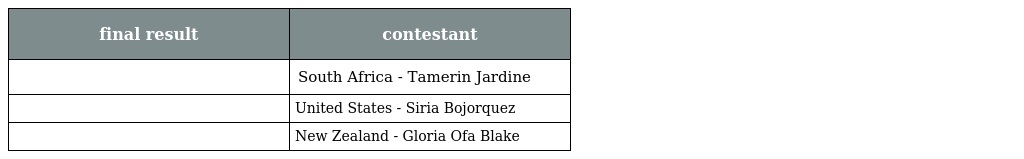
| final result | contestant |
 | --- | --- |
 |  | South Africa - Tamerin Jardine |
 |  | United States - Siria Bojorquez |
 |  | New Zealand - Gloria Ofa Blake |